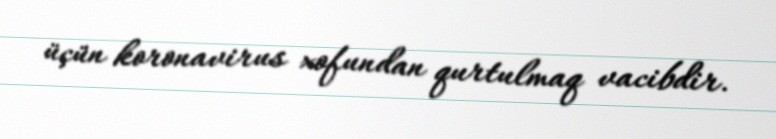
üçün koronavirus xofundan qurtulmaq vacibdir.